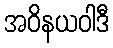
အဝိနယဝါဒီ